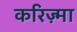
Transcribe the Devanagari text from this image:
करिज़्मा